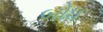
બોધ